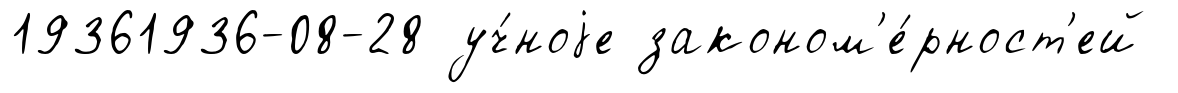
19361936-08-28 уч́ноjе законом'е́рност'ей